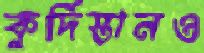
কুর্দিস্তানও